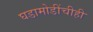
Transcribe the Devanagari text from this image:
घडामोडींचीही